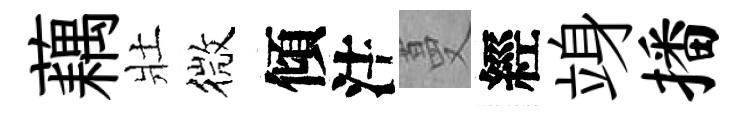
藕壯微傾注蔓經竧播